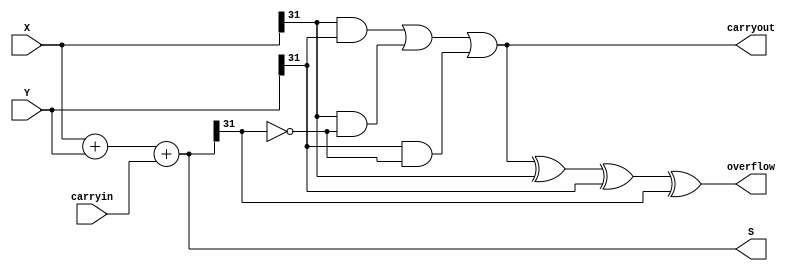
/* This is an nbit adder using parameter and over flow and carry out signals */

module bm_DL_nbit_adder_with_carryout_and_overflow (carryin, X, Y, S, carryout, overflow);
	parameter n = 6'b100000;
	input carryin;
	input [n-1:0] X, Y;
	output [n-1:0] S;
	output carryout, overflow;
	reg [n-1:0] S;
	reg carryout, overflow;
	
	always @(X or Y or carryin)
	begin
		S = X + Y + carryin;
		carryout = (X[n-1] & Y[n-1]) | (X[n-1] & ~S[n-1]) | (Y[n-1] & ~S[n-1]);
		overflow = carryout ^ X[n-1] ^ Y[n-1] ^ S[n-1];
	end

endmodule